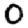
Digit: 0